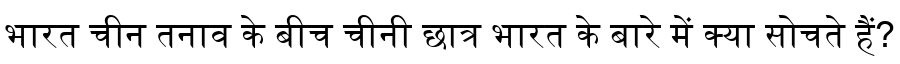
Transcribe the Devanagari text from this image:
भारत चीन तनाव के बीच चीनी छात्र भारत के बारे में क्या सोचते हैं?